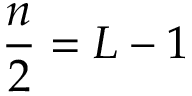
\frac { n } { 2 } = { \cal L } - 1